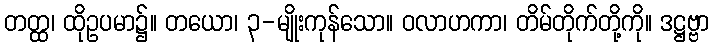
တတ္ထ၊ ထိုဥပမာ၌။ တယော၊ ၃-မျိုးကုန်သော။ ဝလာဟကာ၊ တိမ်တိုက်တို့ကို။ ဒဋ္ဌဗ္ဗာ